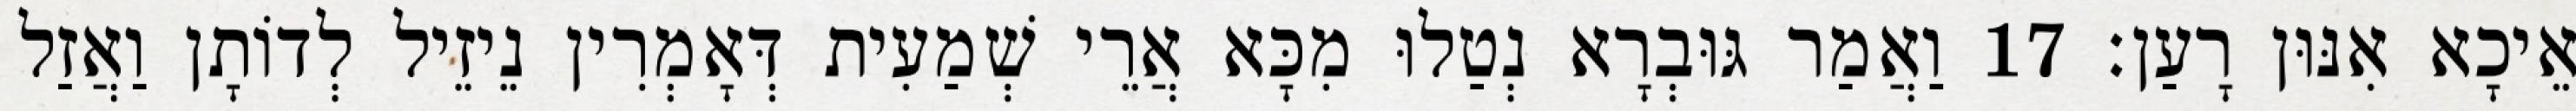
אֵיכָא אִנּוּן רָעַן׃ 17 וַאֲמַר גּוּבְרָא נְטַלוּ מִכָּא אֲרֵי שְׁמַעִית דְּאָמְרִין נֵיזֵיל לְדוֹתָן וַאֲזַל